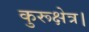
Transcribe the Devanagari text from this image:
कुरूक्षेत्र।